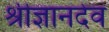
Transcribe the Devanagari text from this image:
श्रीज्ञानदेव